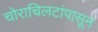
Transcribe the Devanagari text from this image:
चोराचिलटांपासून